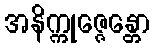
အနိက္ကုဇ္ဇေန္တော